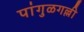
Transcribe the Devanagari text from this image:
पांगुळगल्ली